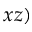
x z )